Lunatic asylums in Bengal annual reports 1912-1924 - 1912-1924
Year: 1912
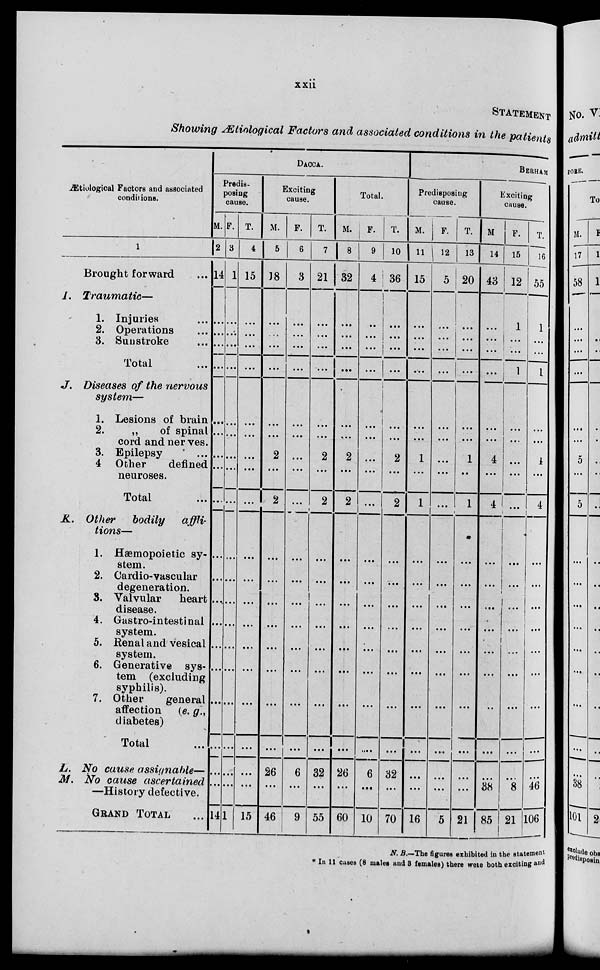
xxii
STATEMENT
Showing Ætiological Factors and associated conditions in the patients
Ætiological Factors and associated
conditions.
1
Brought forward ...
I.
Traumatic—
1. Injuries ...
2. Operations ...
3. Sunstroke ...
Total ...
J. Diseases of the nervous
system—
1. Lesions of brain
2.
„
of spinal
cord and nerves.
3. Epilepsy ...
4 Other
defined
neuroses.
Total ...
K. Other
bodily
affli¬
tions—
1. Hæmopoietic sy-
stem.
2. Cardio-vascular
degeneration.
3. Valvular
heart
disease.
4. Gastro-intestinal
system.
5. Renal and vesical
system.
6. Generative sys-
tem (excluding
syphilis)
7. Other
general
affection
(e. g.
diabetes)
Total ...
L. No cause assignable—
M. No cause ascertained
—History defective.
GRAND TOTAL ...
DACCA.
Predis-
posing
cause.
M.
2
14
...
…
...
...
...
...
…
...
…
...
...
...
...
...
...
…
...
…
…
14
F.
3
1
...
…
...
...
...
...
…
...
…
...
…
...
...
...
...
...
…
…
....
1
T.
4
15
...
…
...
...
...
...
…
...
…
...
...
...
...
...
...
...
...
...
...
15
Exciting
cause.
M.
5
18
...
...
...
...
...
...
2
...
2
...
...
...
...
...
...
...
...
26
...
46
F.
6
3
...
...
...
...
...
...
...
...
...
...
...
...
...
...
…
…
...
6
...
9
T.
7
21
...
...
...
...
...
…
2
...
2
...
…
…
...
...
...
...
...
32
...
55
Total.
M.
8
32
...
...
...
...
...
...
2
...
2
...
...
...
...
...
...
...
...
26
...
60
F.
9
4
...
...
...
…
...
...
...
...
...
...
...
...
…
...
…
...
…
6
…
10
T.
10
36
…
...
...
...
...
...
2
...
2
...
…
...
...
...
...
...
...
32
…
70
BERHAM¬
Predisposing
cause.
M.
11
15
...
...
...
…
...
...
1
...
1
…
...
…
...
...
...
...
...
…
...
16
F.
12
5
…
...
...
...
...
...
…
...
...
…
…
…
...
...
...
…
…
…
…
5
T.
13
20
…
...
...
...
...
…
1
…
1
...
...
...
...
...
...
...
…
...
...
21
Exciting
cause.
M
14
43
...
...
...
…
...
...
4
...
4
...
…
...
...
...
...
…
…
...
38
85
F.
15
12
1
…
...
1
...
...
...
...
...
...
…
...
…
…
…
...
...
…
8
21
T.
16
55
1
…
...
1
...
...
4
...
4
...
...
…
…
...
…
...
...
...
46
106
N. B. —The figures exhibited in the statement
* In 11 cases (8 males and 8 females) there were both exciting and